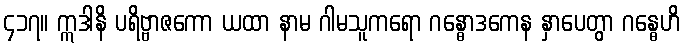
၄၁၇။ ဣဒါနိ ပရိဗ္ဗာဇကော ယထာ နာမ ဂါမသူကရော ဂန္ဓောဒကေန နှာပေတွာ ဂန္ဓေဟိ